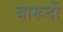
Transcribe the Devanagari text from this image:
बारूदों